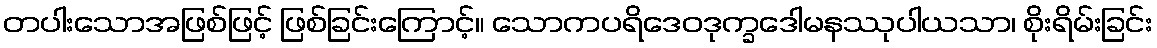
တပါးသောအဖြစ်ဖြင့် ဖြစ်ခြင်းကြောင့်။ သောကပရိဒေဝဒုက္ခဒေါမနဿုပါယသာ၊ စိုးရိမ်းခြင်း